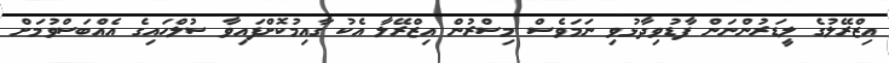
އިޒްރޭލުގެ ލީޑަރުންނަން ފާޑުވިދާޅުވި ނަމަވެސް މިސްރުން އިޒްރޭލާ އެކު ގާއިމުކޮށްފައިވާ ސުލްހައިގެ އެއްބަސްވުމަށް